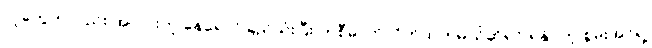
လူတွေကလည်း အလားတူ နေရောင်ခြည်သုံးပြီး ကစီဓာတ်လိုက်ထုတ်မယ်ဆိုရင် ရနိုင်တဲ့ စွမ်းအင်ရဲ့